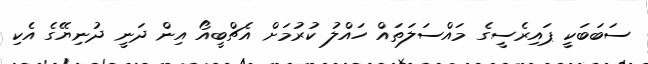
ސަބަބަކީ ޕައިރެސީގެ މައްސަލަތައް ހައްލު ކުރުމަށް އެޗްބީއޯ އިން ދަނީ ދުނިޔޭގެ އެކި